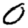
Digit: 0